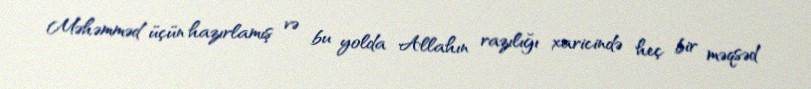
Məhəmməd üçün hazırlamış və bu yolda Allahın razılığı xaricində heç bir məqsəd